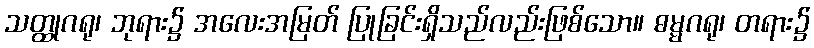
သတ္ထုဂရု၊ ဘုရား၌ အလေးအမြတ် ပြုခြင်းရှိသည်လည်းဖြစ်သော။ ဓမ္မဂရု၊ တရား၌